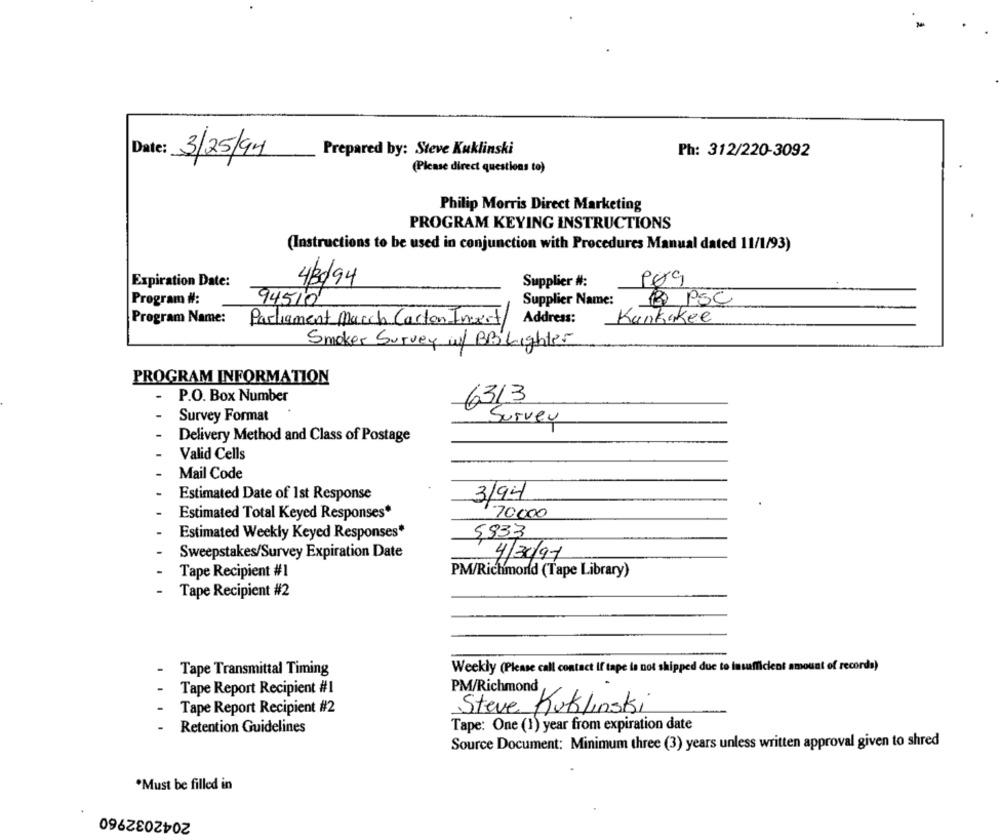
Date:
Prepared by: Steve Kuklinski
Ph: 312/220-3092
3/25/91
(Please direct questions to)
Philip Morris Direct Marketing
PROGRAM KEYING INSTRUCTIONS
(Instructions to be used in conjunction with Procedures Manual dated 11/1/93)
Expiration Date:
430/94
Supplier #:
Program #:
94510
Supplier Name:
(@) PSC
Program Name:
Parliament Macch Carton Insert
Address:
Kankakee
Smoker Survey w/ BB Lighter
PROGRAM INFORMATION
P.O. Box Number
6313
Survey Format
Survey
Delivery Method and Class of Postage
Valid Cells
Mail Code
Estimated Date of 1st Response
3/94
Estimated Total Keyed Responses*
70000
Estimated Weekly Keyed Responses*
5,933
Sweepstakes/Survey Expiration Date
4/30/97
Tape Recipient #1
PM/Richmond (Tape Library)
Tape Recipient #2
Tape Transmittal Timing
Weekly (Please call contact if tape is not shipped due to insufficient amount of records)
Tape Report Recipient #1
PM/Richmond
Tape Report Recipient #2
Steve Kuklinski
Retention Guidelines
Tape: One (1) year from expiration date
Source Document: Minimum three (3) years unless written approval given to shred
.Must be filled in
2042032960